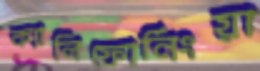
ক্যালিফোর্নিংয়া